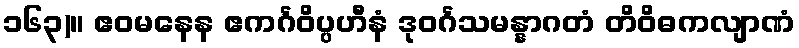
၁၆၃)။ ဧဝမနေန ဧကင်္ဂဝိပ္ပဟီနံ ဒုဝင်္ဂသမန္နာဂတံ တိဝိဓကလျာဏံ